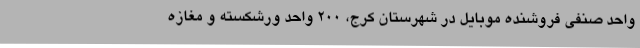
واحد صنفی فروشنده موبایل در شهرستان کرج، ۲۰۰ واحد ورشکسته و مغازه